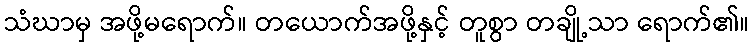
သံဃာမှ အဖို့မရောက်။ တယောက်အဖို့နှင့် တူစွာ တချို့သာ ရောက်၏။